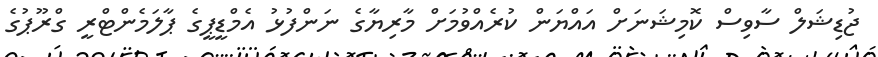
ޖުޑިޝަލް ސާވިސް ކޮމިޝަނަށް އައްޔަން ކުރެއްވުމަށް މާރިޔާގެ ނަންފުޅު އެމްޑީޕީގެ ޕާލަމެންޓްރީ ގްރޫޕުގެ